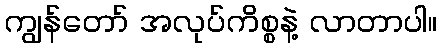
ကျွန်တော် အလုပ်ကိစ္စနဲ့ လာတာပါ။